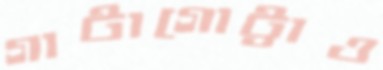
গাটাগোট্টাও